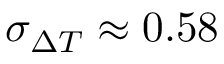
\sigma _ { \ensuremath { \Delta T } } \approx 0 . 5 8